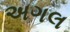
અગલ